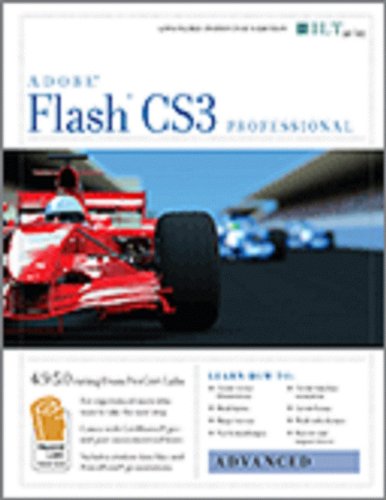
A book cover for Flash Cs3: Basic + Certblaster, Student Manual (ILT); Axzo Press; Computers & Technology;